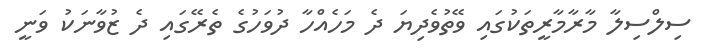
ސިލްސިލާ މާރާމާރީތަކުގައި ވޭތުވެދިޔަ ދެ މަހެއްހާ ދުވަހުގެ ތެރޭގައި ދެ ޒުވާނަކު ވަނީ